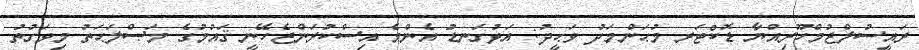
ރައީސުލްޖުމްހޫރިއްޔާ ޑޮކްޓަރ މުޙަންމަދު ވަޙީދު: އަޅުގަނޑު އެންމެ އިސްކުރަންޖެހޭނީ ޤައުމުގެ މަޞްލަޙަތު މިވަގުތު.